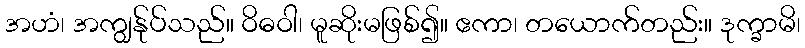
အဟံ၊ အကျွန်ုပ်သည်။ ဝိဓဝါ၊ မူဆိုးမဖြစ်၍။ ဧကာ၊ တယောက်တည်း။ ဒုက္ခာမိ၊